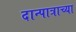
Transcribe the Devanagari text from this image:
दान्पात्राच्या